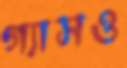
গ্যাসও